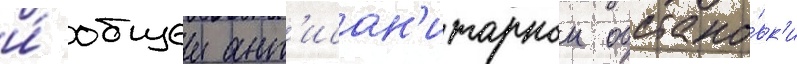
и́ общеи ант'исан'итарнои обстано́вк'и